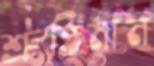
শ্রুতিমান